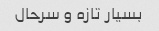
بسیار تازه و سرحال